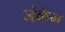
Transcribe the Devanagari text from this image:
जंकंग